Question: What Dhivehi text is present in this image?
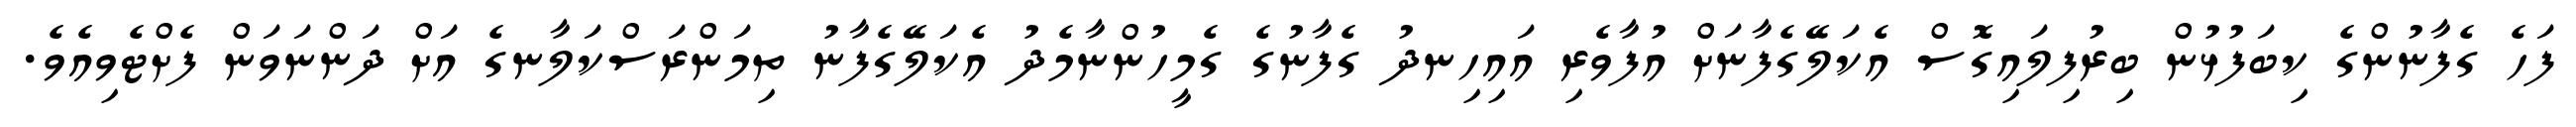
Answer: ފަހެ ގެފާނުންގެ ކިބަފުޅުން ބިރުފިލައިގޮސް އެކަލޭގެފާނަށް އުފާވެރި އައިހިނދު ގެފާނުގެ ގެމީހުންނާމެދު އެކަލޭގެފާނު ތިމަންރަސްކަލާނގެ އަށް ދަންނަވަން ފެށްޓެވިއެވެ.